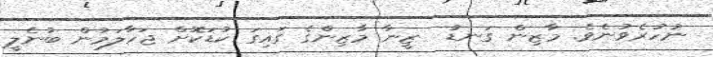
ނުހުރެވުނެވެ. މާޒިން ގަނޑު  ޒީނާ މާޒިންގެ ގައިގަ ކުޑަކޮށް ޖަހާލަމުން ބުނެލީ